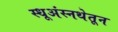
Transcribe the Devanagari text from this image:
स्धूअंस्नथेतून